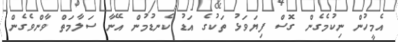
އެމީހުން ނިކުމެގެން ގޮސް ފިޔަވަޅު ތަކުގެ އަޑު ކެނޑުމުން އޭނާ ސަލާމަތް ވާންވެގެން